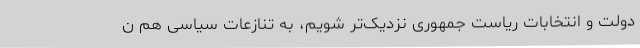
دولت و انتخابات ریاست جمهوری نزدیک‌تر شویم، به تنازعات سیاسی هم ن